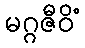
မဂ္ဂဇီဝိံ